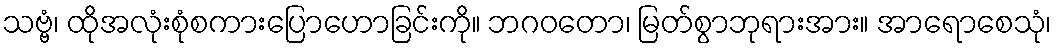
သဗ္ဗံ၊ ထိုအလုံးစုံစကားပြောဟောခြင်းကို။ ဘဂဝတော၊ မြတ်စွာဘုရားအား။ အာရောစေသုံ၊